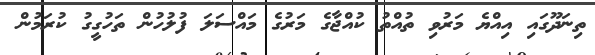
ތިނަދޫގައި އިއްޔެ މަރުވި ތުއްތު ކުއްޖާގެ މަރުގެ މައްސަލަ ފުލުހުން ތަހުގީގު ކުރަމުން